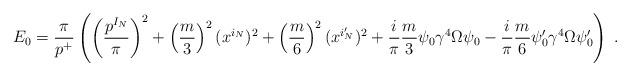
LaTeX: \begin{align*}E_0 = \frac{\pi}{p^+} \left( \left( \frac{p^{I_N}}{\pi} \right)^2 + \left( \frac{m}{3} \right)^2 (x^{i_N})^2 + \left( \frac{m}{6} \right)^2 (x^{i'_N})^2 + \frac{i}{\pi} \frac{m}{3} \psi_0 \gamma^4 \Omega \psi_0 - \frac{i}{\pi} \frac{m}{6} \psi'_0 \gamma^4 \Omega \psi'_0 \right) ~.\end{align*}